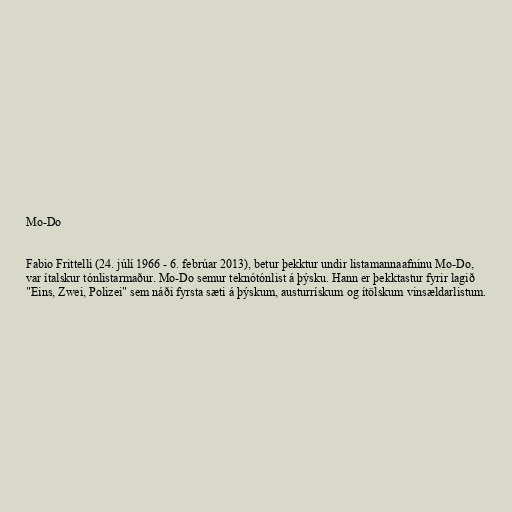
Mo-Do

Fabio Frittelli (24. júlí 1966 - 6. febrúar 2013), betur þekktur undir listamannaafninu Mo-Do,
var ítalskur tónlistarmaður. Mo-Do semur teknótónlist á þýsku. Hann er þekktastur fyrir lagið
"Eins, Zwei, Polizei" sem náði fyrsta sæti á þýskum, austurrískum og ítölskum vinsældarlistum.